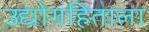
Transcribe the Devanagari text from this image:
उद्योगहिताला